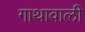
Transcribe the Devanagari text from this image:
गाथावाली